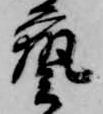
芸